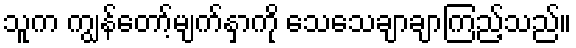
သူက ကျွန်တော့်မျက်နှာကို သေသေချာချာကြည့်သည်။